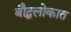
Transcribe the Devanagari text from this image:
बौद्धलोकात